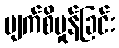
မျက်စိမှုန်ခြင်း